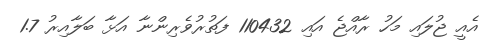
އެއީ ޖުލައި މަހު ރާއްޖެ އައި 110432 ފަތުރުވެރިންނާ އަޅާ ބަލާއިރު 1.7